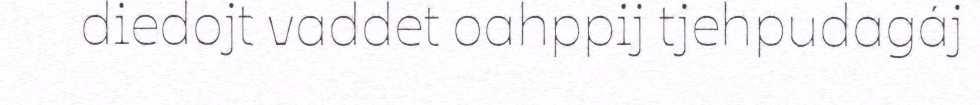
diedojt vaddet oahppij tjehpudagáj